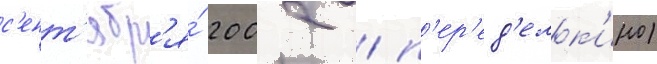
с'ент'ябр'я́ 2002 / п'ер'ед'елк'ино)